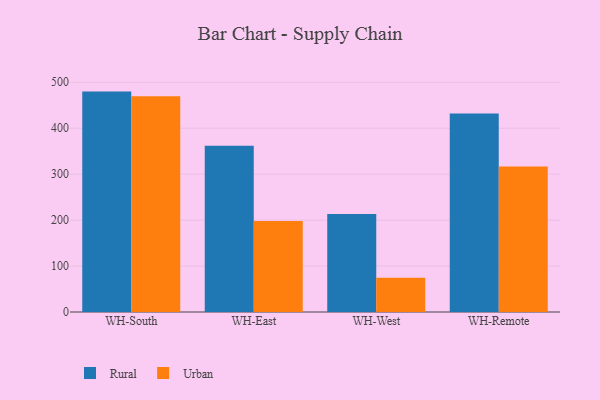
{"axis": {"x": "Warehouse", "y": "Temperature (°C)"}, "legend": ["Rural", "Urban"], "data": [{"x": "WH-South", "y": 479.7, "type": "Rural"}, {"x": "WH-South", "y": 469.6, "type": "Urban"}, {"x": "WH-East", "y": 361.8, "type": "Rural"}, {"x": "WH-East", "y": 197.8, "type": "Urban"}, {"x": "WH-West", "y": 213.5, "type": "Rural"}, {"x": "WH-West", "y": 74.6, "type": "Urban"}, {"x": "WH-Remote", "y": 432.1, "type": "Rural"}, {"x": "WH-Remote", "y": 316.8, "type": "Urban"}]}